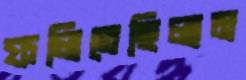
ফলিতেছিলাম